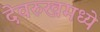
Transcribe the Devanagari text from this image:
देवरुखमध्ये